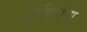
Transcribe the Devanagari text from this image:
शोषितांचा